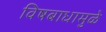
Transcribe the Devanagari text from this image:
विषबाधामुळे